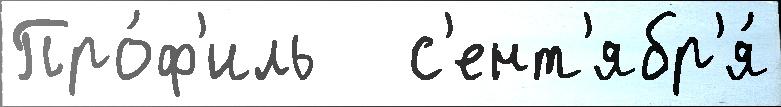
Про́ф'иль   с'ент'ябр'я́